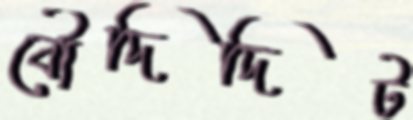
বৌদিদিট